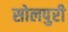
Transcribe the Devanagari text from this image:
सोलपुरी